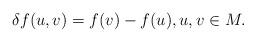
LaTeX: \begin{align*}\delta f(u,v)=f(v)-f(u), u,v\in M.\end{align*}